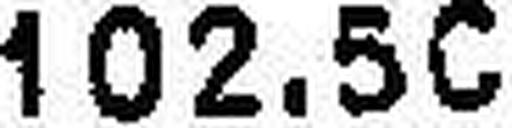
102.50